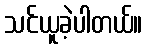
သင်ယူခဲ့ပါတယ်။